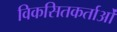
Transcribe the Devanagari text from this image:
विकसितकर्ताओं